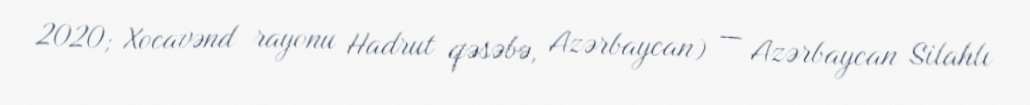
2020; Xocavənd rayonu Hadrut qəsəbə, Azərbaycan) — Azərbaycan Silahlı